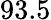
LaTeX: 93.5